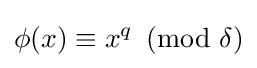
\phi (x)\equiv x^{q}\!\!\!{\pmod {\delta }}